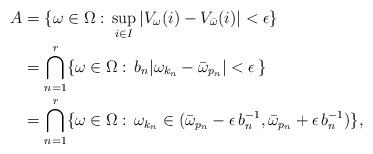
LaTeX: \begin{align*}A&=\{\omega\in\Omega:\, \sup_{i\in I}|V_{\omega}(i)-V_{\bar\omega}(i)|<\epsilon\}\\&=\bigcap_{n=1}^r\{\omega\in\Omega:\, b_n |\omega_{k_n}-\bar\omega_{p_n}|<\epsilon\, \}\\&=\bigcap_{n=1}^r\{\omega\in\Omega:\, \omega_{k_n}\in(\bar\omega_{p_n}-\epsilon\, b_n^{-1}, \bar\omega_{p_n}+\epsilon\, b_n^{-1})\},\\\end{align*}